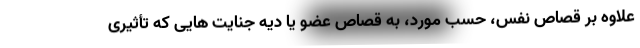
علاوه بر قصاص نفس، حسب مورد، به قصاص عضو یا دیه جنایت هایی که تأثیری